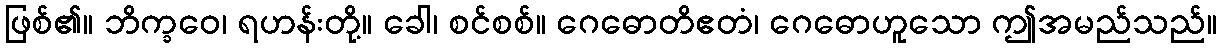
ဖြစ်၏။ ဘိက္ခဝေ၊ ရဟန်းတို့။ ခေါ၊ စင်စစ်။ ဂေဓောတိဧတံ၊ ဂေဓောဟူသော ဤအမည်သည်။